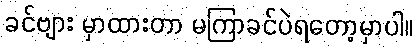
ခင်ဗျား မှာထားတာ မကြာခင်ပဲရတော့မှာပါ။